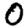
Digit: 0